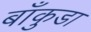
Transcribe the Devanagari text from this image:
बाँकुडा